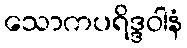
သောကပရိဒ္ဒဝါနံ